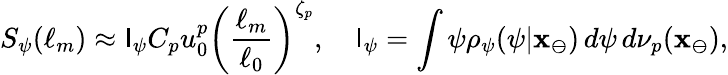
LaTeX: S_{\psi}(\ell_{m})\approx\mathsf{I}_{\psi}C_{p}u_{0}^{p}\left(\frac{{\ell_{m}}}{{\ell_{0}}}\right)^{\zeta_{p}},\quad\mathsf{I}_{\psi}=\int\psi\rho_{\psi}(\psi|\mathbf{{x}}_{\ominus})\, d\psi\, d\nu_{p}(\mathbf{{x}}_{\ominus}),